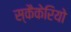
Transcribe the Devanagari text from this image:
स्कैकेरियो